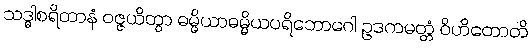
သဒ္ဓါစရိတာနံ ဝဇ္ဇယိတွာ ဓမ္မိယာဓမ္မိယပရိဘောဂေါ ဥဒကမတ္တံ ဝိဟိတောတိ